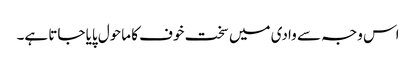
اس وجہ سے وادی میں سخت خوف کا ماحول پایا جاتا ہے۔